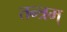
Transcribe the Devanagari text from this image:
तन्त्रम्